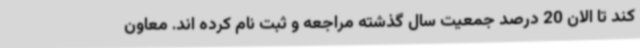
کند تا الان 20 درصد جمعیت سال گذشته مراجعه و ثبت نام کرده اند. معاون